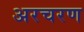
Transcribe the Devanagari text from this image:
अरचरण